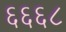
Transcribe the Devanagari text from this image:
६६६८